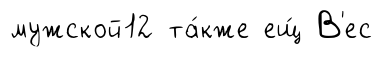
мужской12 та́кже ещ́ В'ес